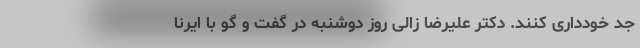
جد خودداری کنند. دکتر علیرضا زالی روز دوشنبه در گفت و گو با ایرنا